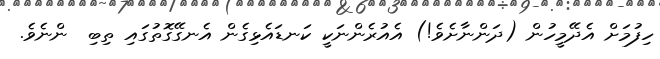
ހިފުމަށް އެދޭމީހުން (ދަންނާށެވެ!) އެއުރެންނަކީ ކަނޑައެޅިގެން އެނގޭގޮތުގައި ތިބި  ންނެވެ.